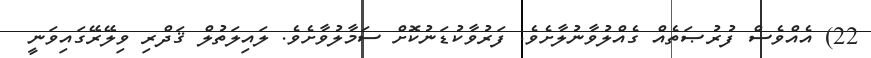
22) އެއްވެސް ފުރުޞަތެއް ގެއްލުވާނުލާށެވެ. ފަރުވާކުޑަނުކޮށް ސަމާލުވާށެވެ. ލައިލަތުލް ޤަދްރި ވިލޭރޭގައިވަނީ